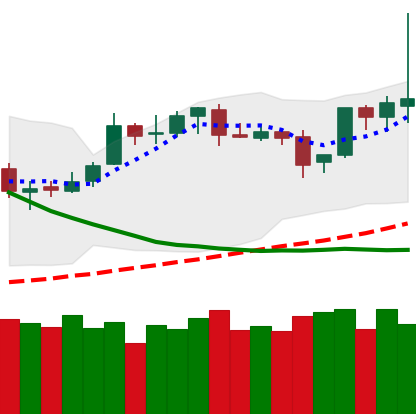
Ticker: BTC-USD
Chart end date: 2019-03-30
Forward return: 19.874%
Label: up_7plus